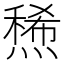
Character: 𤏤